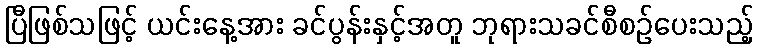
ပြီဖြစ်သဖြင့် ယင်းနေ့အား ခင်ပွန်းနှင့်အတူ ဘုရားသခင်စီစဉ်ပေးသည့်